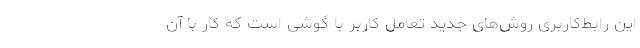
این رابط‌‌‌کاربری روش‌های جدید تعامل کاربر با گوشی است که کار با آن